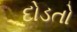
દોડતો